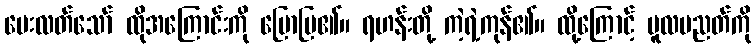
မေးလတ်သော် ထိုအကြောင်းကို ပြောပြ၏။ ရဟန်းတို့ ကဲ့ရဲ့ကုန်၏။ ထို့ကြောင့် မူလပညတ်ကို